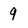
Character: 9